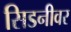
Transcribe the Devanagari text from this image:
सिडनीवर